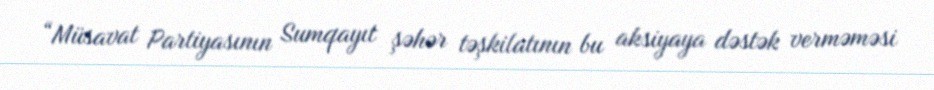
“Müsavat Partiyasının Sumqayıt şəhər təşkilatının bu aksiyaya dəstək verməməsi